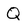
Character: Q